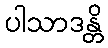
ပါသာဒန္တိ